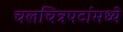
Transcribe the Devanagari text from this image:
चलचित्रपटांमध्ये